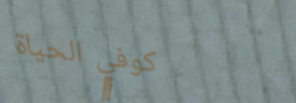
كوفي الحياة